Indian Civil Veterinary Department memoirs
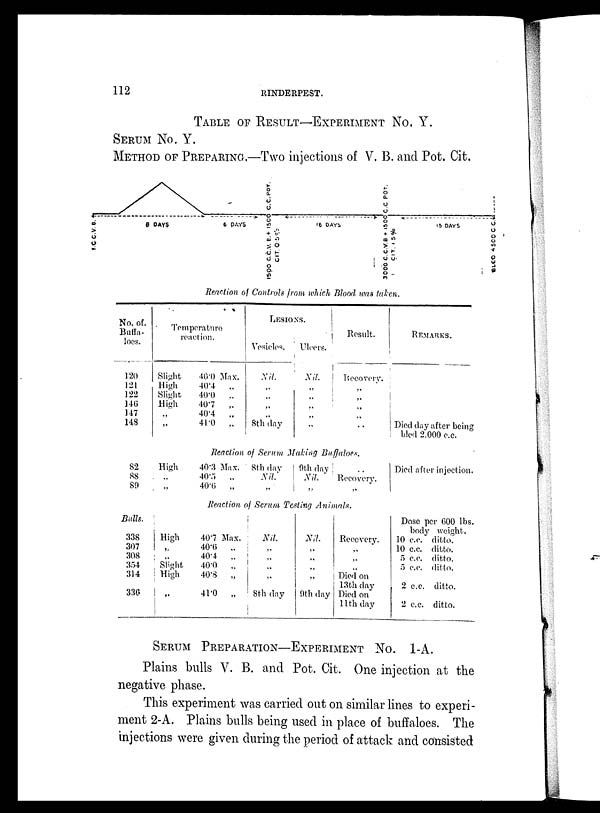
112
RINDERPEST.
TABLE OF RESULT-EXPERIMENT NO.Y.
SERUM No. Y.
METHOD OF PREPARING.—Two injections of V. B. and Pot. Cit.
Reaction of Controls from which Blood was taken.
No. of.
Buffa-
loes.
120
121
122
146
147
148
82
88
89
Bulls.
338
307
308
354
314
336
Temperature
reaction.
Slight
High
Slight
High
„
„
High
„
„
High
„
„
Slight
High
„
40.0 Max.
40.4
„
40.0
„
40.7
„
40.4
„
41.0
„
LESIONS.
Vesicles.
Nil.
„
„
„
„
8th day
Ulcers.
Nil.
„
„
„
„
„
Result.
Recovery.
„
„
„
„
..
Reaction of Serum Making Buffaloes.
40.3 Max.
40.5
„
40.0
„
8th day
Nil.
„
9th day
Nil.
„
..
Recovery.
„
Reaction of Serum Testing Animals.
40.7 Max.
40.6
„
40.4
„
40.0
„
40.8
„
41.0
„
Nil.
„
„
„
„
8th day
Nil.
„
„
„
„
9th day
Recovery.
„
„
„
Died on
13th day
Died on
11th day
REMARKS.
Died day after being
bled 2,000 c.c.
Died after injection.
Dose per 600 lbs.
body weight.
10 c.c. ditto.
10 c.c. ditto.
5 c.c. ditto.
5 c.c. ditto.
2 c.c. ditto.
2 c.c. ditto.
SERUM PREPARATION-EXPERIMENT NO. 1-A.
Plains bulls V. B. and Pot. Cit. One injection at the
negative phase.
This experiment was carried out on similar lines to experi-
ment 2-A. Plains bulls being used in place of buffaloes. The
injections were given during the period of attack and consisted